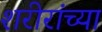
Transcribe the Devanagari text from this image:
शरीरांच्या